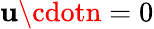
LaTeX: \mathbf{u}\cdotn=0